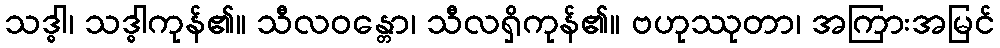
သဒ္ဓါ၊ သဒ္ဓါကုန်၏။ သီလဝန္တော၊ သီလရှိကုန်၏။ ဗဟုဿုတာ၊ အကြားအမြင်